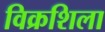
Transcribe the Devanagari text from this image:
विक्रशिला